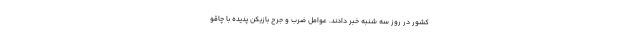
کشور در روز سه شنبه خبر دادند. عوامل ضرب و جرح بازیکن پدیده با چاقو